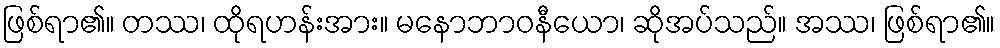
ဖြစ်ရာ၏။ တဿ၊ ထိုရဟန်းအား။ မနောဘာဝနီယော၊ ဆိုအပ်သည်။ အဿ၊ ဖြစ်ရာ၏။